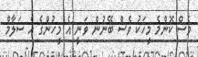
ވެސް ކޮންމެ މީހަކު ވެސް ބޭނުން ވަނީ އެ މީހުންގެ އެ ސަލާމް